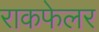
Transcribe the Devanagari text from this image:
राकफेलर